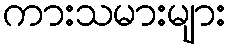
ကားသမားများ